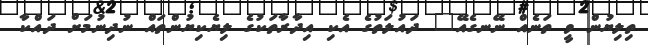
ތިލިޔުން ވީ ތަނެއް ނޭނގެއޭ" ދައުލަތުގެ އެކި އިދާރާތަކުގެ ލިޔެކިޔުންތައް ނުދިނުމަށް ދައްކާ